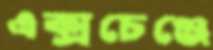
এক্সচেঞ্জে